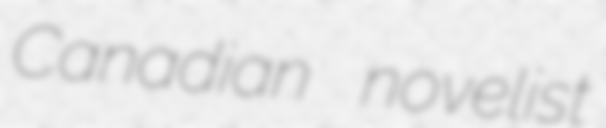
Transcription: Canadian novelist